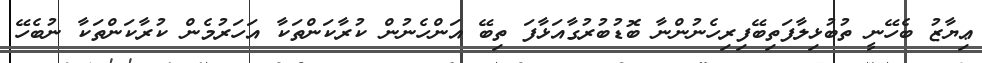
ޢިޔާޒު ބެހޭނީ ތުބުޅިލާފަތިބޭފިރިހެނުންނާ ބޮޑުބުރުގާއަޅާފަ ތިބޭ އަންހެނުން ކުރާކަންތަކާ އަހަރުމެން ކުރާކަންތަކާ ނުބެހޭ